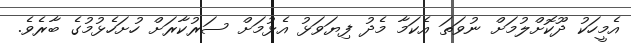
އެމީހަކު ދޫކޮށްލުމަށް ނުވަތަ އެކަމާ މެދު ފިޔަވަޅު އެޅުމަށް ސަރުކާރަށް ހުށަހެޅުމުގެ ބާރެވެ.